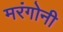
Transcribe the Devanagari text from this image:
मरंगोनी